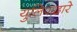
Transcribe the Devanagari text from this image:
युलिपद्वारे